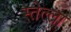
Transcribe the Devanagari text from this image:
स्तेल्ला